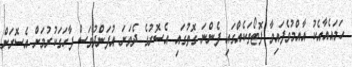
ހަމައެއާއެކު އާއްމުވެފައިވާ ފޮޓޯތަކެއްގައި ފެންނަ ގޮތުގައި އެސޮރުގެ ދެވަނަ އުފަންދުވަސް ފާހަގަކުރުމަށް އެސޮރަށް